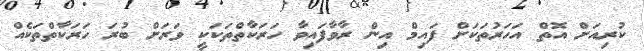
ކުރިއަށް އޮތް އަހަރުތަކަށް ފައިމް އިން ރާވާފައިވާ ހަރަކާތްތަކަކީ ވަރަށް ބުރަ ހަރަކާތްތަކެއް